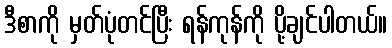
ဒီစာကို မှတ်ပုံတင်ပြီး ရန်ကုန်ကို ပို့ချင်ပါတယ်။